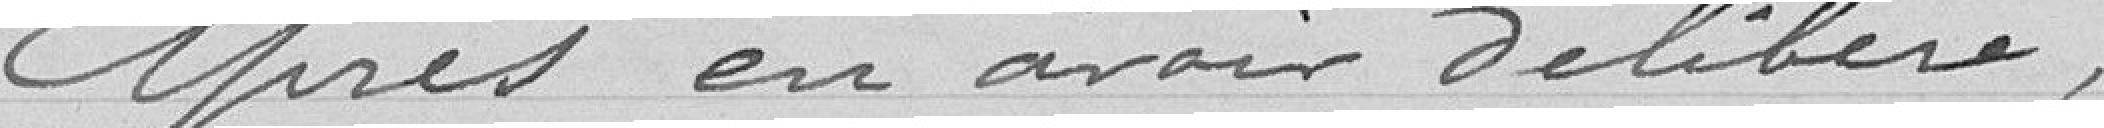
Après en avoir délibéré